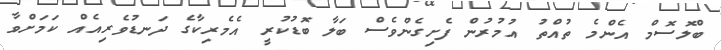
ބްލޮސޮމް އެންމެ ތުއްތު އުމުރުން ފެށިގެންވެސް ބަލާ ބޮޑުކުރީ އެމެރިކާގެ ދަނޑުވެރިއެއް ކަމަށްވާ